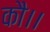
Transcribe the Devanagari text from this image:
कौ।।